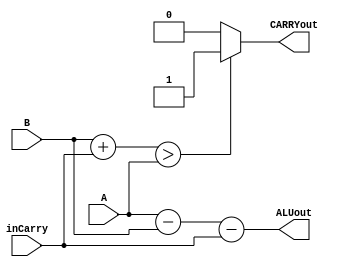
`timescale 1ns / 1ps

module subtract16(
    input [15:0] A,
    input [15:0] B,
    input inCarry,
    output reg [15:0] ALUout,
    output reg CARRYout
    );
	always @(A, B, inCarry) 
	begin
        {CARRYout, ALUout} = A - B - inCarry;
        if ( (B + inCarry) > A) 
            CARRYout = 1'b1;
        else
            CARRYout = 1'b0; 
    end
endmodule